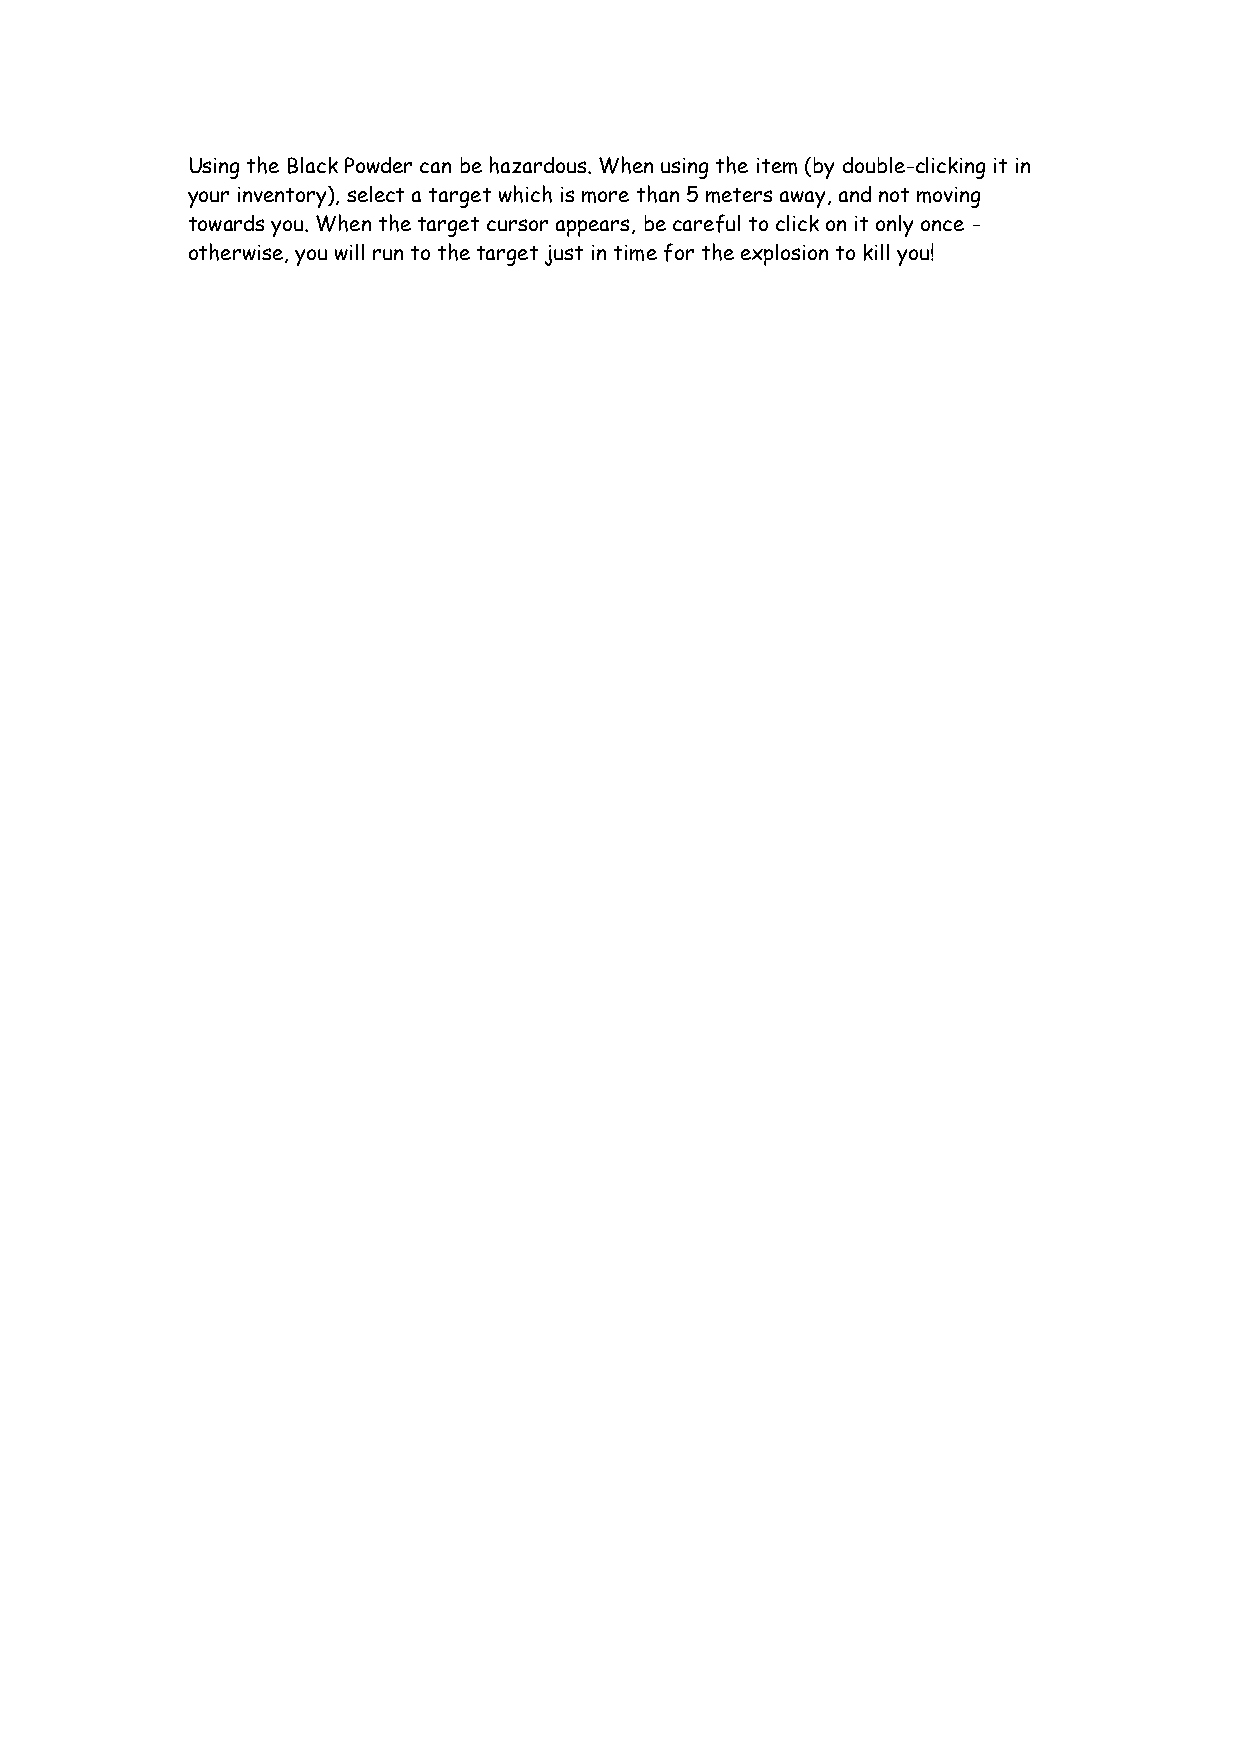
Using the Black Powder can be hazardous. When using the item (by double-clicking it in
 your inventory), select a target which is more than 5 meters away, and not moving
 towards you. When the target cursor appears, be careful to click on it only once -
 otherwise, you will run to the target just in time for the explosion to kill you!